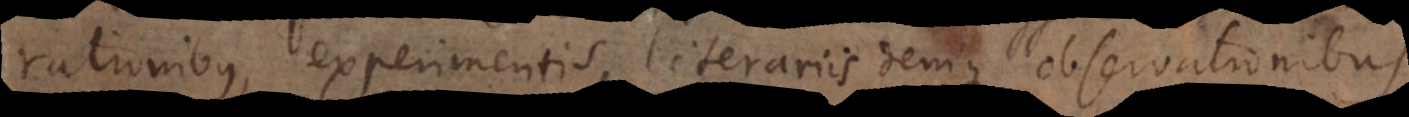
rationibus, experimentis, literariis denique observationibus